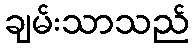
ချမ်းသာသည်